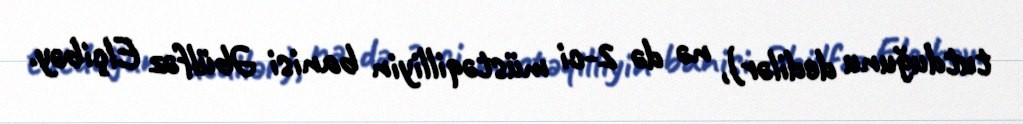
tutduğunu dedilər), nə də 2-ci müstəqilliyin banisi Əbülfəz Elçibəy.